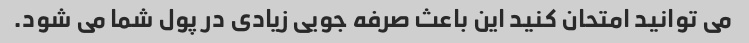
می توانید امتحان کنید این باعث صرفه جویی زیادی در پول شما می شود.